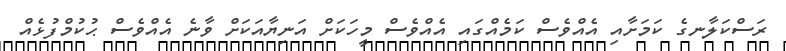
ރަސްކަލާނގެ ކަމަށާއި އެއްވެސް ކަމެއްގައި އެއްވެސް މީހަކަށް އަނިޔާއަކަށް ވާނެ އެއްވެސް ޙުކުމްފުޅެއް